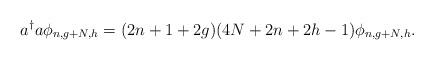
LaTeX: \begin{align*}a^\dagger a \phi_{n,g+N,h} = (2n+1+2g)(4N+2n+2h-1) \phi_{n,g+N,h} .\end{align*}